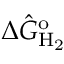
\Delta \hat { G } _ { \mathrm { H _ { 2 } } } ^ { \mathrm { o } }